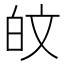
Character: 𪽼